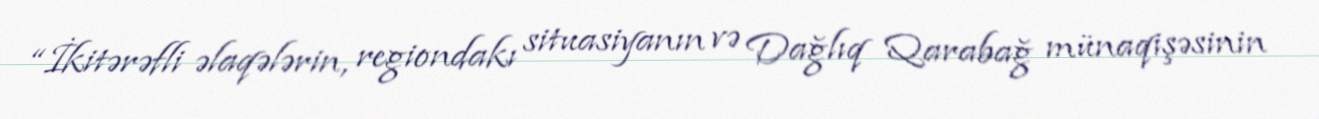
“İkitərəfli əlaqələrin, regiondakı situasiyanın və Dağlıq Qarabağ münaqişəsinin